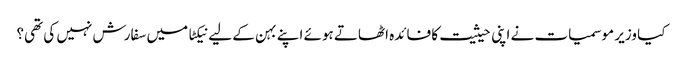
کیا وزیر موسمیات نے اپنی حیثیت کا فائدہ اٹھاتے ہوئے اپنے بہن کے لیے نیکٹا میں سفارش نہیں کی تھی؟